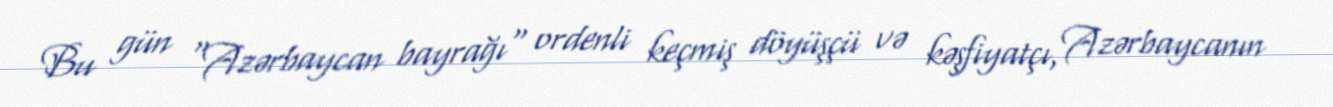
Bu gün “Azərbaycan bayrağı" ordenli keçmiş döyüşçü və kəşfiyatçı, Azərbaycanın